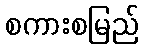
စကားစမြည်